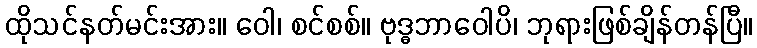
ထိုသင်နတ်မင်းအား။ ဝေါ၊ စင်စစ်။ ဗုဒ္ဓဘာဝေါပိ၊ ဘုရားဖြစ်ချိန်တန်ပြီ။